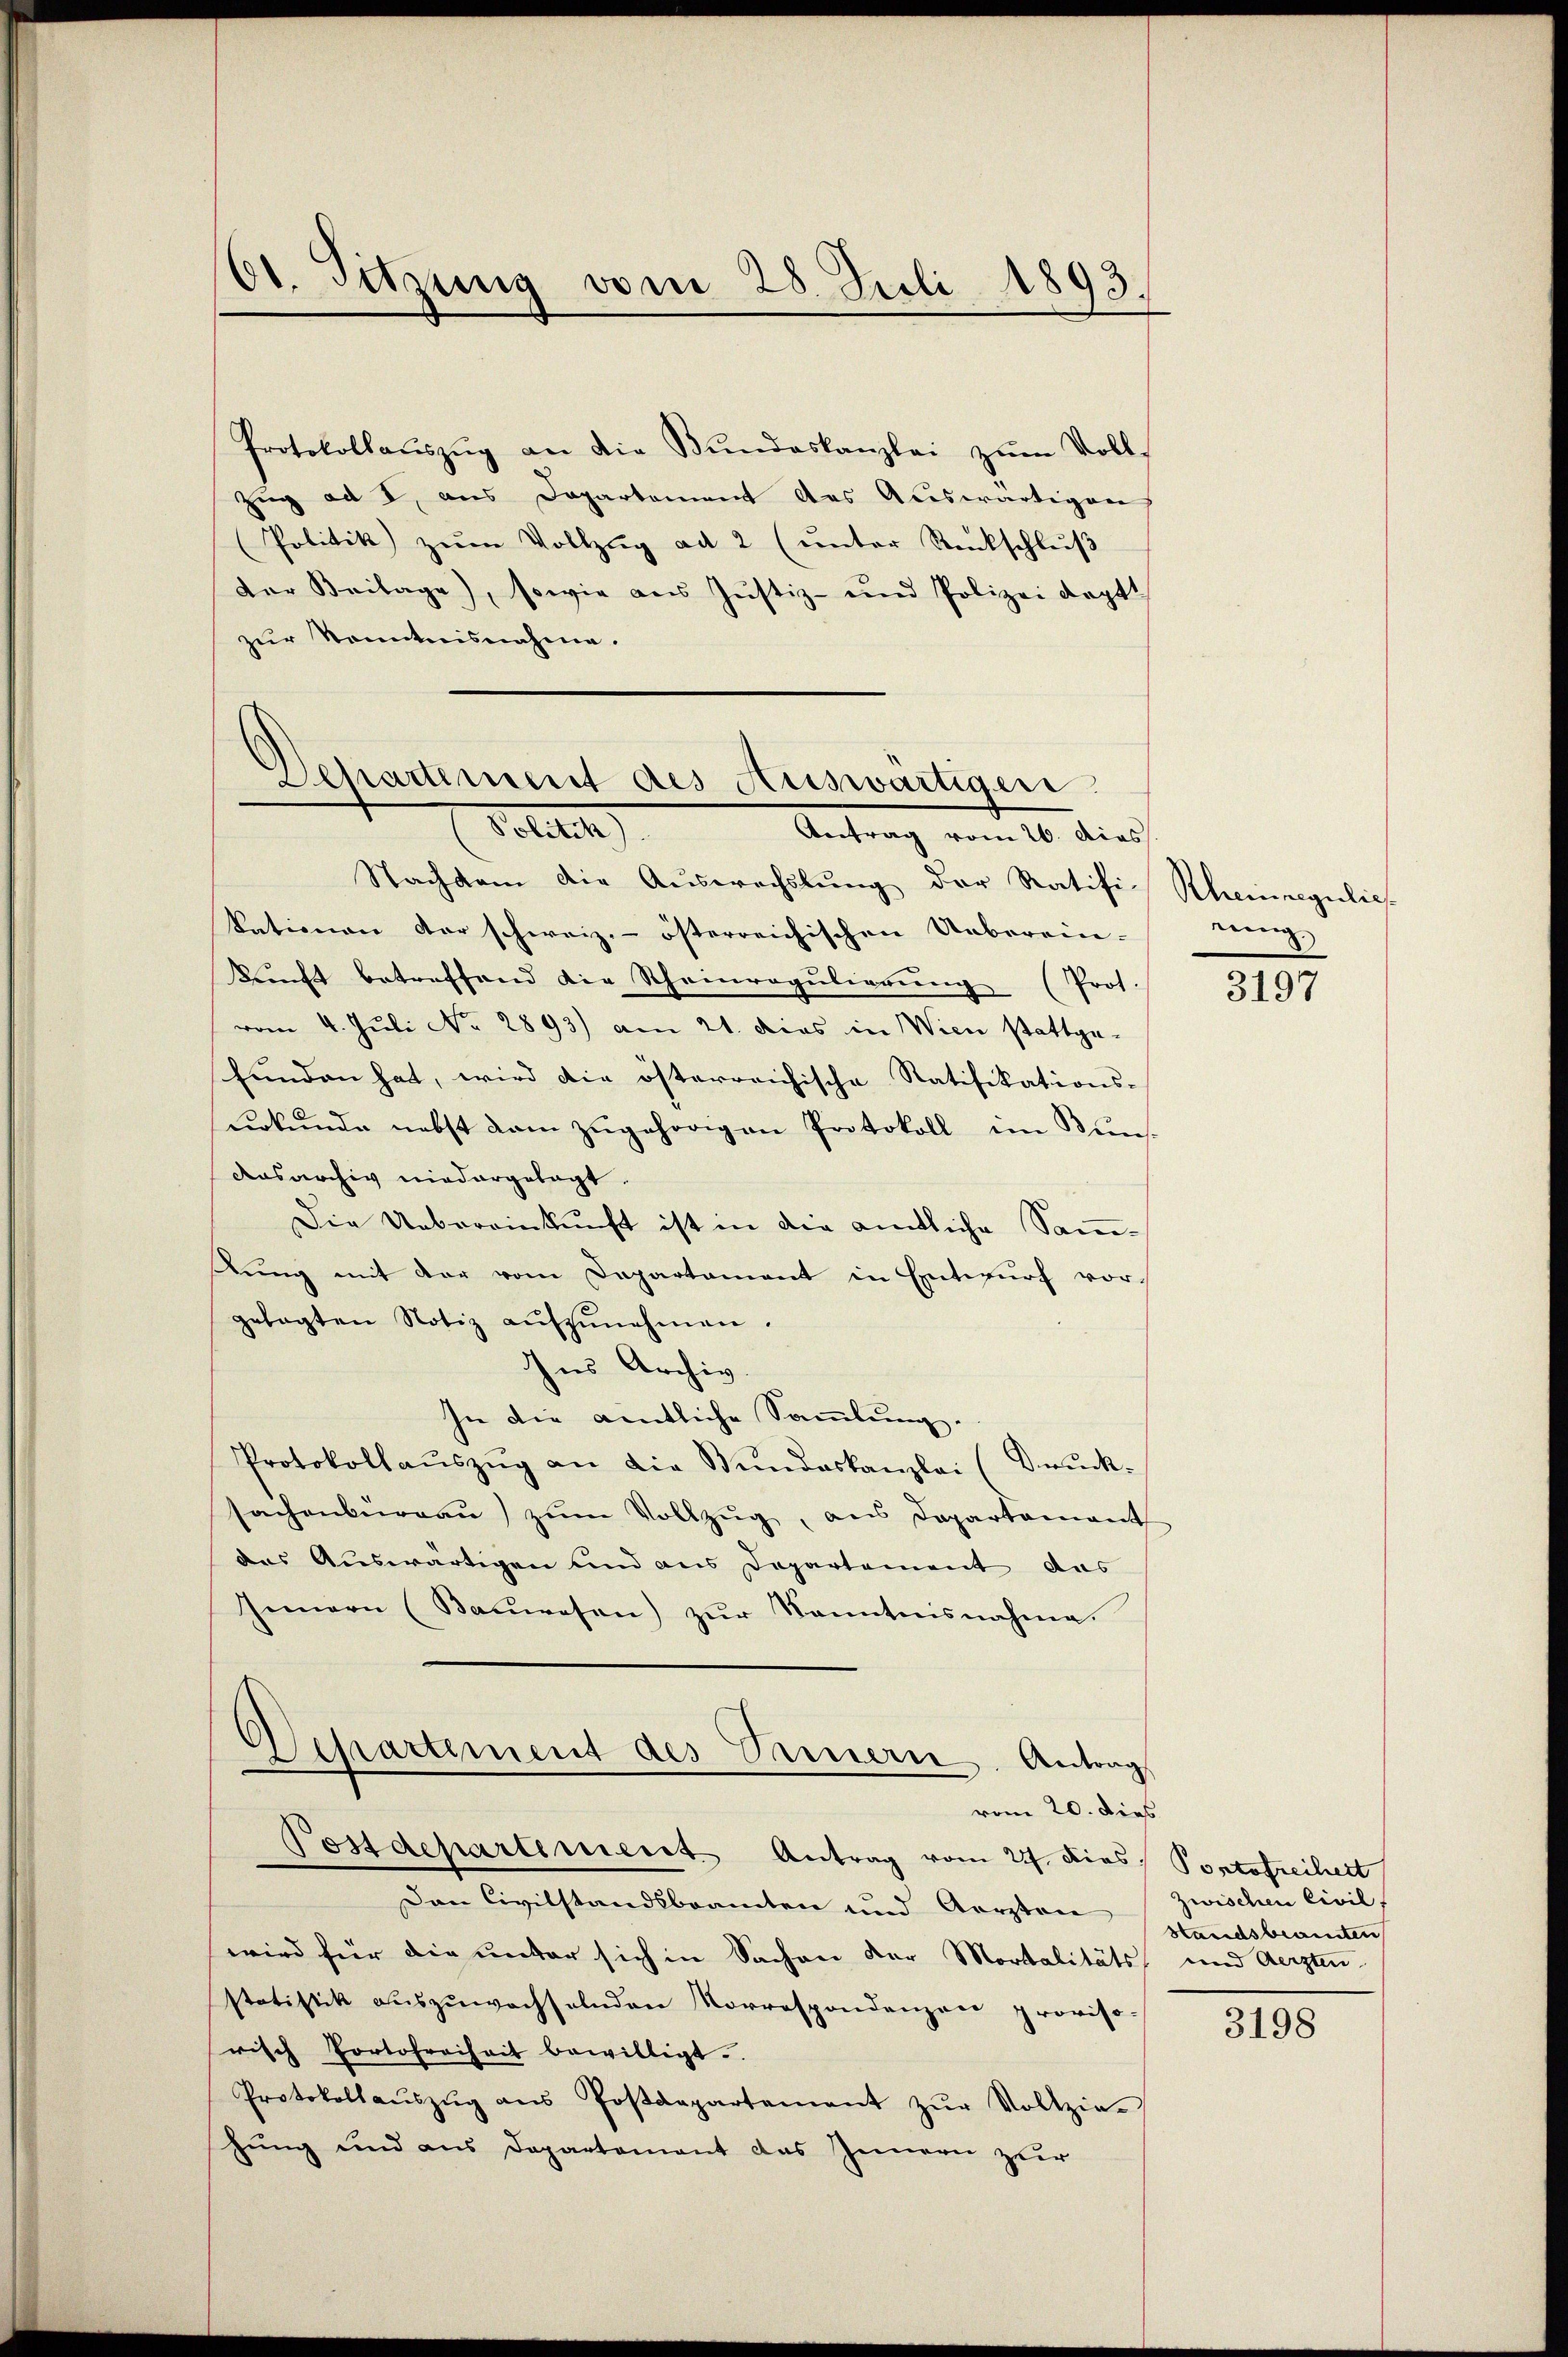
61. Sitzung vom 28. Juli 1893.

Protokollaŭszŭg an die Bŭndeskanzlei zŭm Voll¬
Zug ad I, aus Departement das Auswärtigen
Politik zŭm Vollzug ad 2 (unter Rückschluß
Der Beilage), sowie aus Justiz- und Polizei deptt
zur Kenntnisnahme.

Departement des Auswärtigen.
Polit
Antrag vom 26. Das

Nachdem die Aŭswechslung der Ratifi-
kationen der schweiz.- österreichischen Ueberein-
kunft betreffend die Rheinregulierŭng (Prof.
vom 4. Juli No 2893) am 21. dies in Wien stattge-
funden hat, wird die österreichische Ratifikations-
urkunde nebst dem zugehörigen Protokoll im Bun
dasarchiv niedergelegt.
Die Uebereinkunft ist in die amtliche Samtung mit der vom Departament in Entwurf vorgelegten Notiz aŭfzŭnehmen.
Ins Archiv.
In die amtliche Sammlung.
Protokollaŭszŭg an die Bŭndeskanzlei (Druck-
sachenbüreaŭ zŭm Vollzug, aus Departamant
das Auswärtigen und aus Departement das
Innern (Baŭwesen) zŭr Kenntnisnahme
Departement des Vatern. Antrag
vom 20. dies
Postdepartement Antrag vom 22. Dies
Den Civilstandsbeamten und Aerzten
wird für die unter sich in Sachen der Mortalitäts und Aerzten
statistik auszuwachselnden Korrespondenzen proviso.
risch Portofreiheit bewilligt.
Protokollaŭszŭg aŭs Postdepartement zŭr Vollzie-
hung und aus Departement das Innern zur

Rheinregulie
eing

3197

Pontofreihert
Zwischen Civil
Handsbeamten

3198